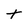
Character: t